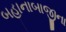
બહાનાબાજીના